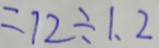
= 7 2 \div 1 . 2